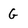
Character: G